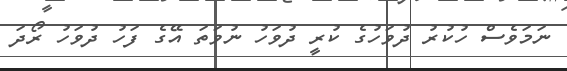
ނަމަވެސް ހުކުރު ދުވަހުގެ ކުރީ ދުވަހު ނުވަތަ އޭގެ ފަހު ދުވަހު ރޯދަ